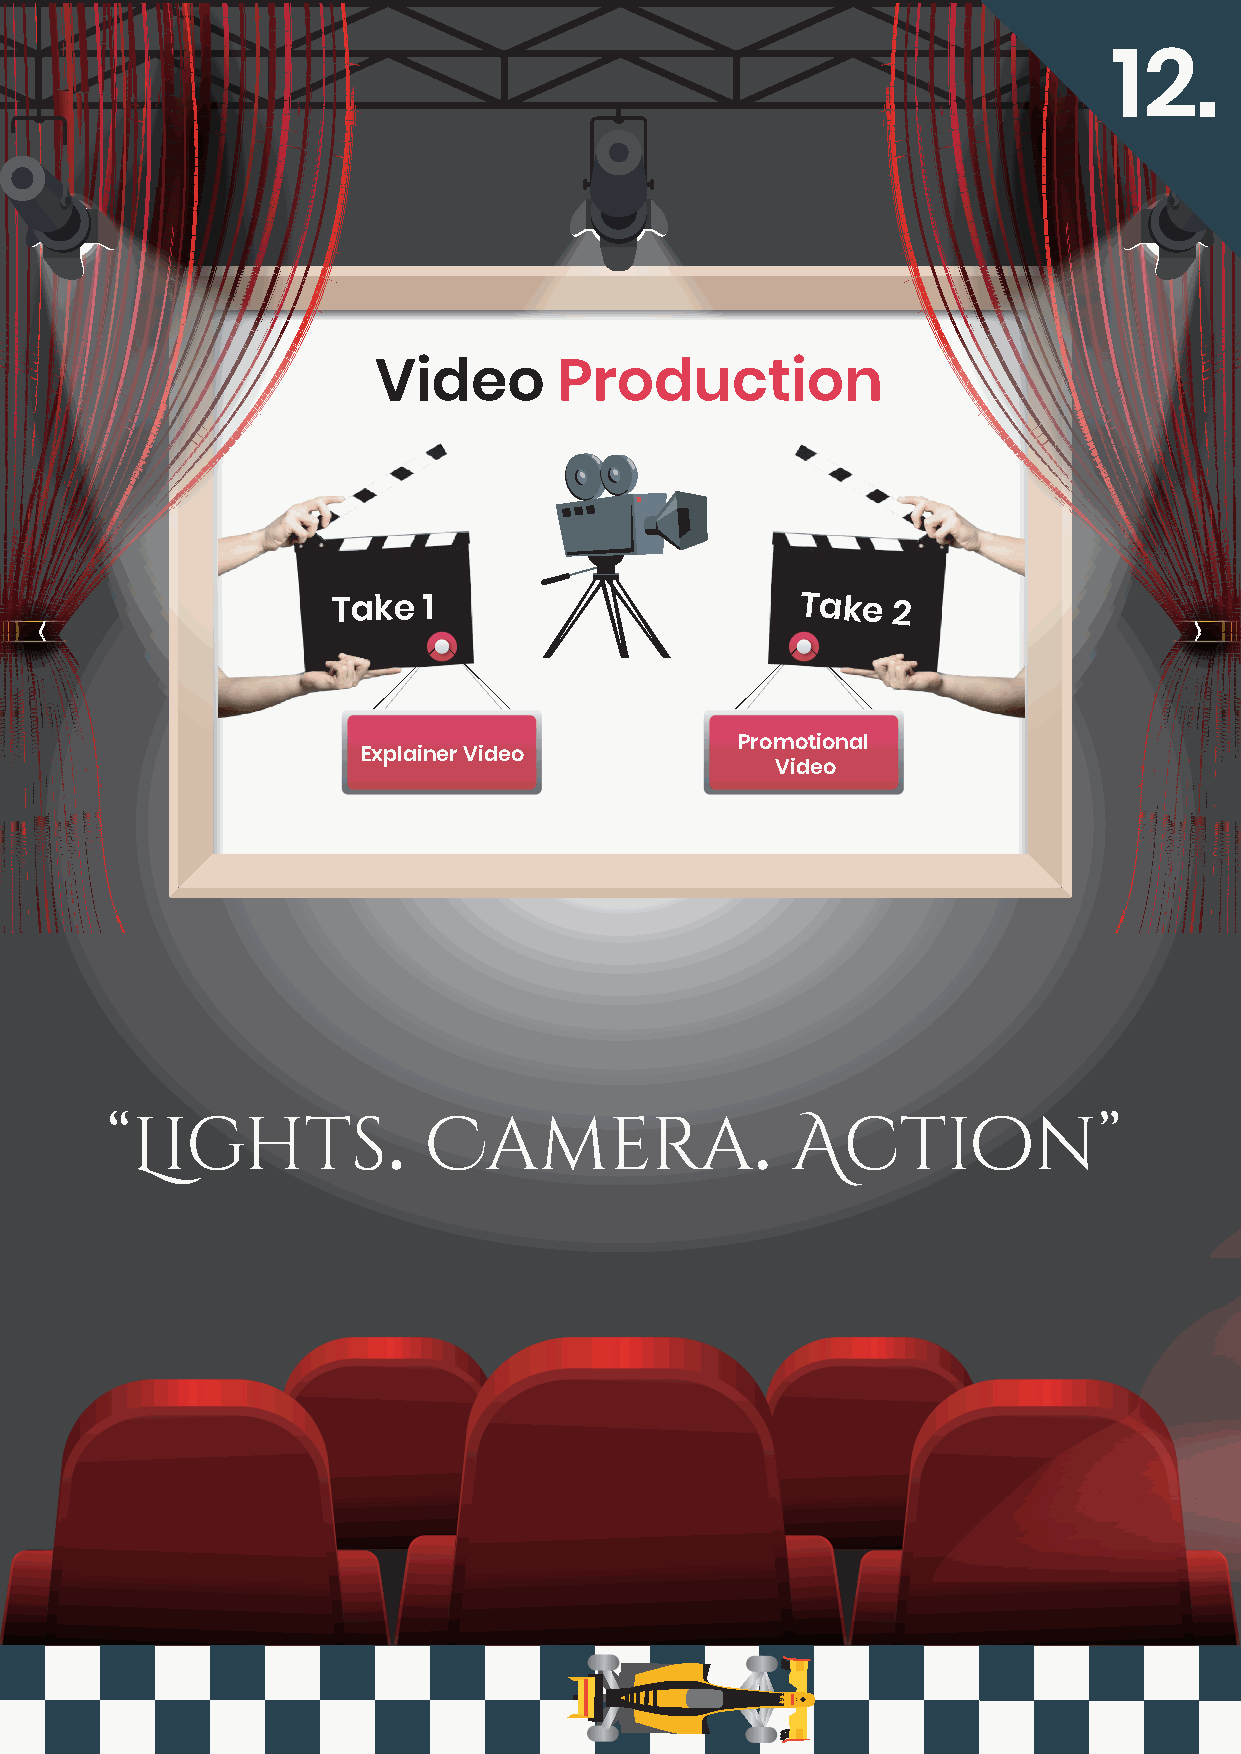
12.
 Video       Production
 Take  1                        Take
 2
 Promotional
 Explainer Video
 Video
 .                       .
 “Lights              Camera                  Action”